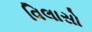
વિલાસો